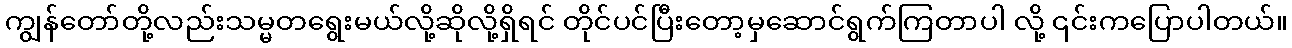
ကျွန်တော်တို့လည်းသမ္မတရွေးမယ်လို့ဆိုလို့ရှိရင် တိုင်ပင်ပြီးတော့မှဆောင်ရွက်ကြတာပါ လို့ ၎င်းကပြောပါတယ်။